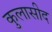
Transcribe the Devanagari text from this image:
कुलासीद